system: You are a helpful assistant.
user:
Analyze the provided spectrum to determine if it is a **S-type Star**.

- **Key Indicators for S-type Star:**

    - **(Overall Spectrum Shape):** The first and most obvious characteristic is the overall continuum (the "baseline" shape). It is **extremely "red-sloping,"** meaning the flux (light intensity) is very low on the left side (blue, ~4000-4500 Å) and rises steeply and continuously toward the right side (red, ~7000 Å+).

    - **(Primary):** The spectrum is defined by the presence of strong, broad molecular absorption "valleys" (bands) from **Zirconium Oxide (ZrO)**. The identification of these bands is the **primary requirement** for classifying a star as S-type.
        - **(Key Bandheads):** You must find distinct, deep "dips" where the light has been absorbed. The most critical band systems to locate are:
            - **~6474 Å** ($\gamma$-system): This is often the strongest and clearest ZrO feature, found in the red part of the spectrum.
            - **~5718 Å** & **~5551 Å** ($\beta$-system): A pair of prominent absorption features in the yellow-orange part of the spectrum.
            - **~4640 Å** ($\alpha$-system): A key absorption band system in the blue-green region of the spectrum.

    - **(Secondary Confirmation):** The classification is strengthened by finding additional absorption bands from other related heavy element oxides, which are expected to be present alongside ZrO.
        - **(Key Bandheads):**
            - **Yttrium Oxide (YO):** Look for absorption dips near **~4800 Å** and **~6100 Å**.
            - **Lanthanum Oxide (LaO):** Additional absorption features, particularly in the red-orange part of the spectrum, are also characteristic.

    - **(Line Profile):** The combination of the steep red continuum and these numerous, deep molecular bands (ZrO, YO, etc.) gives the entire spectrum a very **"chopped-up"** or **"bumpy"** appearance. Instead of a smooth curve, the spectrum looks as though large, wide chunks of light have been "carved out" of it at the specific wavelengths listed above.

Think first, call **spectral_visualization_tool** if needed to examine features in detail, then provide your final answer. Your response must adhere to the following strict rules:
1.  **Overall Structure:** Your response must follow the format `<think>...</think> <tool_call>...</tool_call> (if a tool is used) <answer>...</answer>`.
2.  **Tool Usage Constraint:** You may only make **one** tool call per turn.
3.  **Final Answer Format:** In the `<answer>` tag, your conclusion must be inside a `\boxed{}` command (e.g., `\boxed{YES}` or `\boxed{NO}`), followed by your justification.

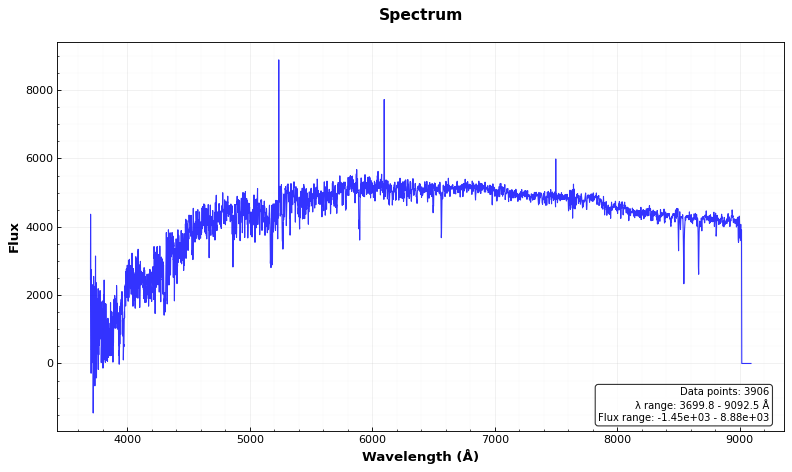
Answer: NO